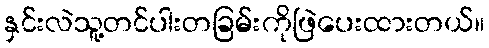
နှင်းလဲသူ့တင်ပါးတခြမ်းကိုဖြဲပေးထားတယ်။